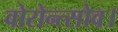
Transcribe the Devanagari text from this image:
वोरोन्त्सोव।